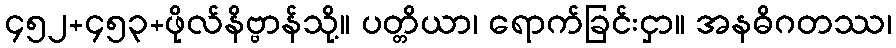
၄၅၂+၄၅၃+ဖိုလ်နိဗ္ဗာန်သို့။ ပတ္တိယာ၊ ရောက်ခြင်းငှာ။ အနဓိဂတဿ၊